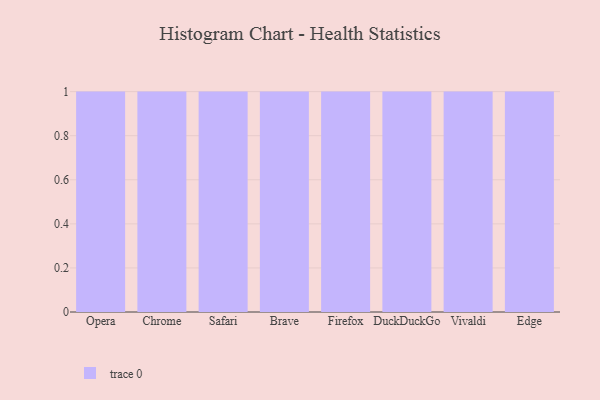
{"axis": {"x": "Browser", "y": "Temperature (°C)"}, "legend": [""], "data": [{"x": "Opera", "y": 86, "type": ""}, {"x": "Chrome", "y": 39, "type": ""}, {"x": "Safari", "y": 31, "type": ""}, {"x": "Brave", "y": 42, "type": ""}, {"x": "Firefox", "y": 55, "type": ""}, {"x": "DuckDuckGo", "y": 86, "type": ""}, {"x": "Vivaldi", "y": 43, "type": ""}, {"x": "Edge", "y": 33, "type": ""}]}